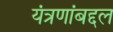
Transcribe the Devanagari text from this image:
यंत्रणांबद्दल